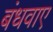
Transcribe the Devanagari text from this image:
बंधवाए